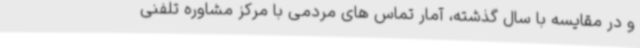
و در مقایسه با سال گذشته، آمار تماس های مردمی با مرکز مشاوره تلفنی